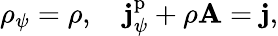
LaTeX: \rho_{\psi}=\rho,\quad\mathbf{j}_{\psi}^{\mathrm{p}}+\rho\mathbf{A}=\mathbf{j},